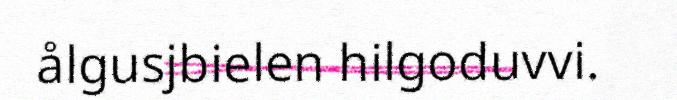
ålgusjbielen hilgoduvvi.